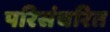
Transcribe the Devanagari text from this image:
परिसंचरित